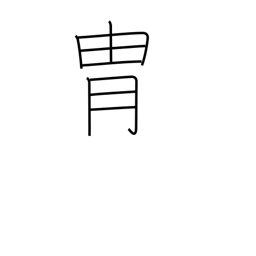
Meaning: bloodline